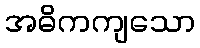
အဓိကကျသော